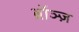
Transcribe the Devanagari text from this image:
ब्रॉञ्ज़